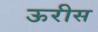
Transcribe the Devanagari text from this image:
ऊरीस